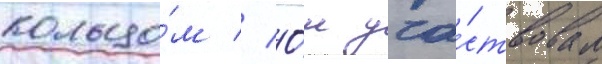
кольцо́м // О́н уча́ствовал